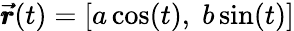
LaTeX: \pmb{\vec{r}}(t)=[a\cos(t),\; b\sin(t)]